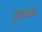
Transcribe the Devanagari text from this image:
पूयजल